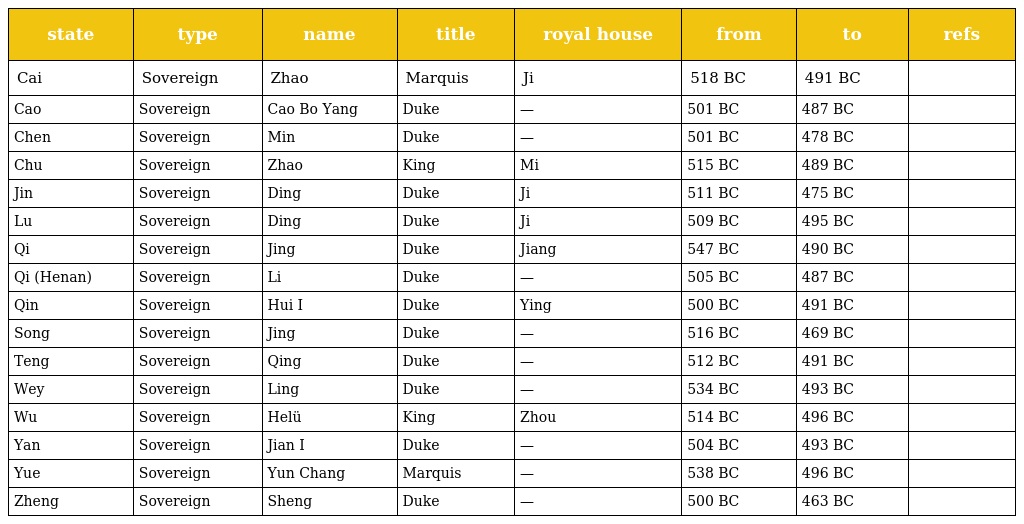
| state | type | name | title | royal house | from | to | refs |
 | --- | --- | --- | --- | --- | --- | --- | --- |
 | Cai | Sovereign | Zhao | Marquis | Ji | 518 BC | 491 BC |  |
 | Cao | Sovereign | Cao Bo Yang | Duke | — | 501 BC | 487 BC |  |
 | Chen | Sovereign | Min | Duke | — | 501 BC | 478 BC |  |
 | Chu | Sovereign | Zhao | King | Mi | 515 BC | 489 BC |  |
 | Jin | Sovereign | Ding | Duke | Ji | 511 BC | 475 BC |  |
 | Lu | Sovereign | Ding | Duke | Ji | 509 BC | 495 BC |  |
 | Qi | Sovereign | Jing | Duke | Jiang | 547 BC | 490 BC |  |
 | Qi (Henan) | Sovereign | Li | Duke | — | 505 BC | 487 BC |  |
 | Qin | Sovereign | Hui I | Duke | Ying | 500 BC | 491 BC |  |
 | Song | Sovereign | Jing | Duke | — | 516 BC | 469 BC |  |
 | Teng | Sovereign | Qing | Duke | — | 512 BC | 491 BC |  |
 | Wey | Sovereign | Ling | Duke | — | 534 BC | 493 BC |  |
 | Wu | Sovereign | Helü | King | Zhou | 514 BC | 496 BC |  |
 | Yan | Sovereign | Jian I | Duke | — | 504 BC | 493 BC |  |
 | Yue | Sovereign | Yun Chang | Marquis | — | 538 BC | 496 BC |  |
 | Zheng | Sovereign | Sheng | Duke | — | 500 BC | 463 BC |  |